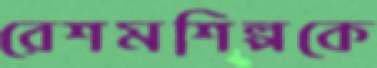
রেশমশিল্পকে